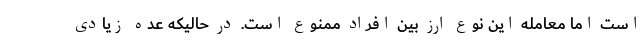
است اما معامله این نوع ارز بین افراد ممنوع است. در حالیکه عده زیادی